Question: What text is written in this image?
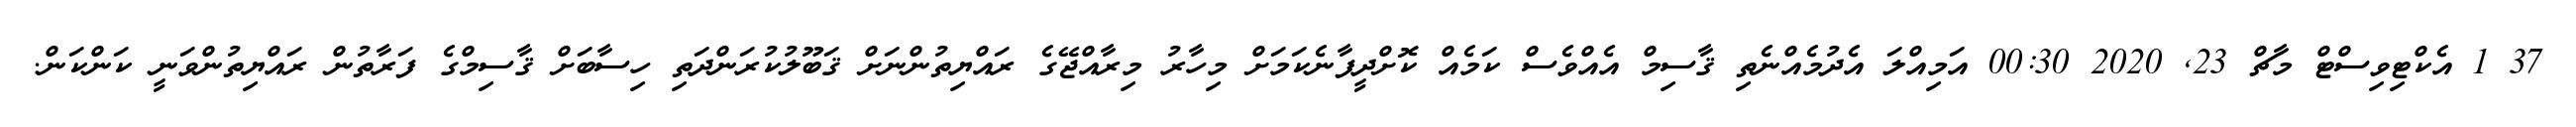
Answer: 37 1 އެކްޓިވިސްޓް މާޗް 23, 2020 00:30 އަމިއްލަ އެދުމެއްނެތި ޤާސިމް އެއްވެސް ކަމެއް ކޮށްދީފާނެކަމަށް މިހާރު މިރާއްޖޭގެ ރައްޔިތުންނަށް ޤަބޫލުކުރަންދަތި ހިސާބަށް ޤާސިމްގެ ފަރާތުން ރައްޔިތުންވަނީ ކަންކަން.